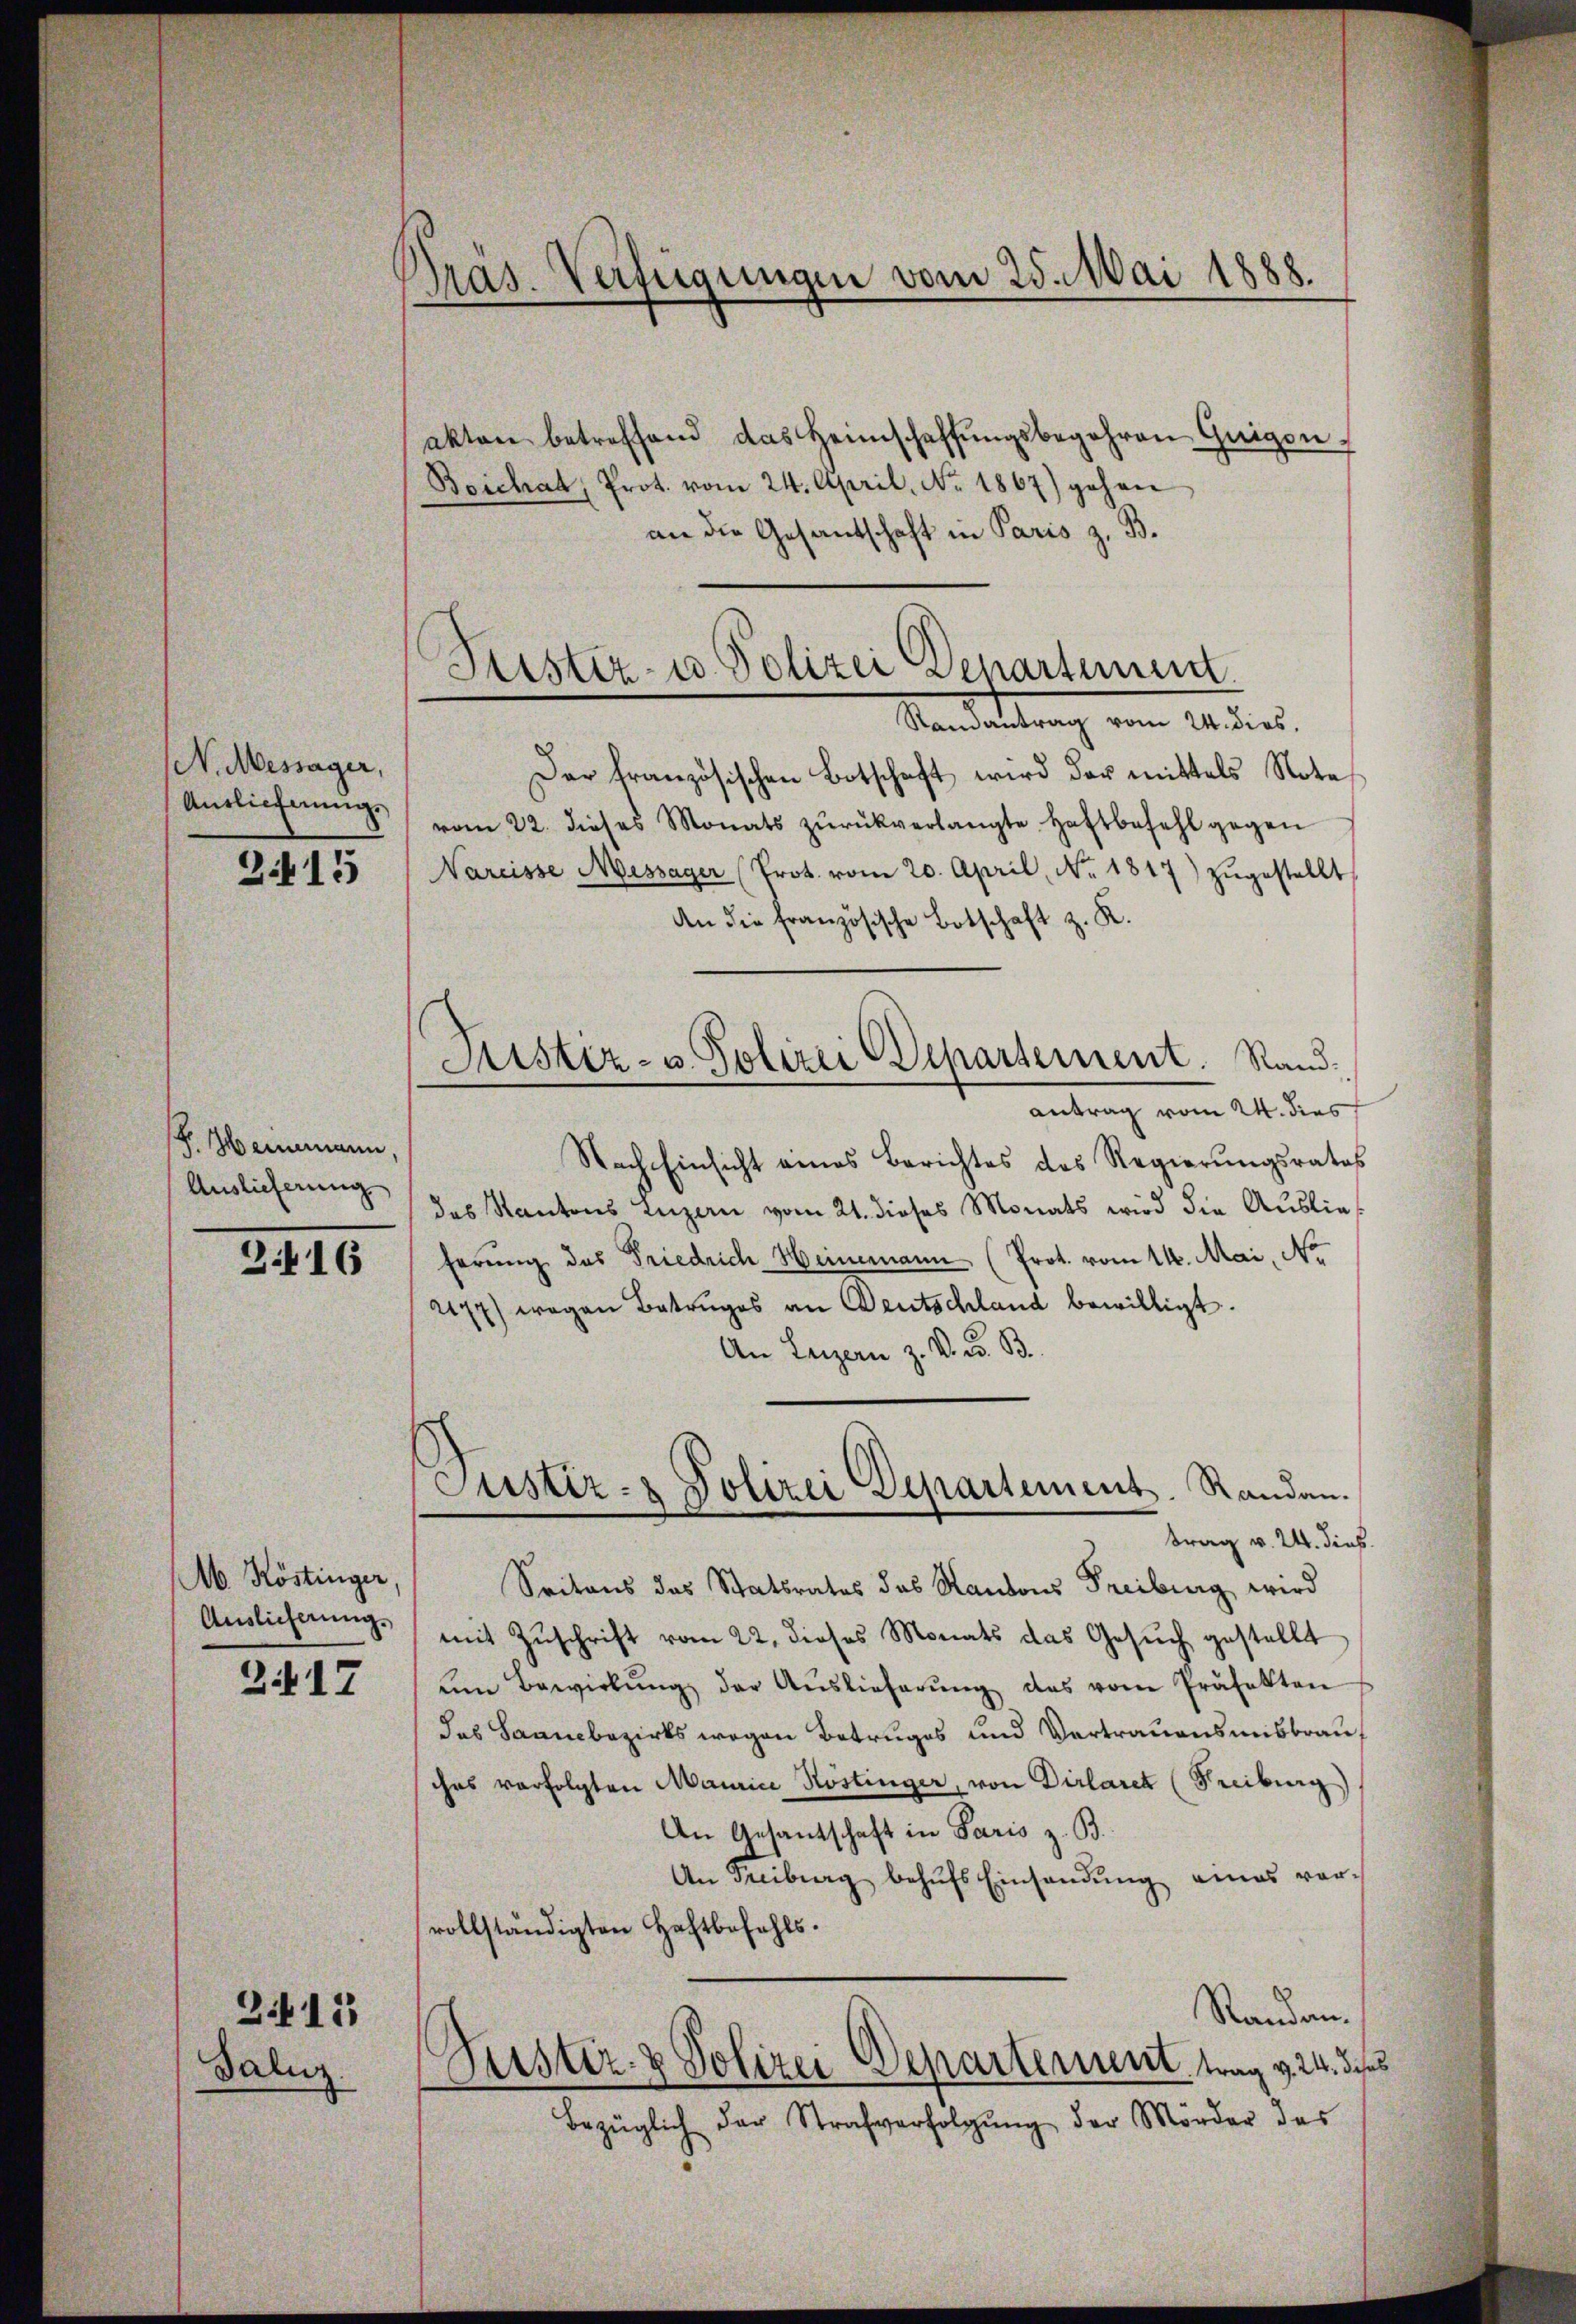
N. Messager,
Auslieferungs

3415

F. Heimann,
Auslieferung

3416

Ab. Köstinger,
Auslicherung.

2117

Galiz.

211

Präs. Verfügungen vom 25. Mai 1888.

Puster- u. Polizei Departement.
Standestrag vom Landes,

akten betreffend das Heimschaffŭngsbegehren Guigon
Boichat, Prot. vom 24. April, No. 1867) gehen
an die Gesantschaft in Paris z. B.
Der französischen Botschaft wird der mittels Note
vom 22. dieses Monats zŭrückverlangte Haftbefehl gegen
Nareisse Missager (Prot. vom 20. April, No. 1817) zŭgestellt,
An die französische Botschaft z. K.
antrag vom 24. dies
Nach Einsicht eines Berichtes des Regierungsrates
das Kantons Luzern vom 21. dieses Monats wird die Auslief
ferŭng des Friedrich Heinemann (Prot. vom 14. Mai, No.
2177) wegen Betruges an Deutschland bewilligt.
An Luzern z. B. d. B.
Justiz- & Polizei Departement. Randau.
trag v. 24. dies
Seitens des Statsrates das Randons Freiburg wird
mit Zŭschrift vom 22. dieses Monats das Gesŭch gestellt
ŭm Bewirkŭng der Aŭslieferŭng des vom Präfekten
das Saanebezirks wegen Betruges und Vertrauensmisbrau
ches verfolgten Maurice Kostinger, von Dirlarek (Freiburg)
An Gesantschaft in Paris z. B.
An Freiburg behŭfs Einsandŭng eines vor-
vollständigten Haftbefehls.
Randan
Justiz- & Polizei-Separtement trag v. 24. dieses
Bezüglich der Strafverfolgŭng der Mörder des

Justiz- u. Polizei Departement. Rand.